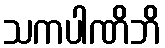
သကပါဏိဘိ